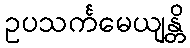
ဥပသင်္ကမေယျန္တိ